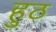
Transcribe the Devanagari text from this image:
हुठ